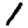
Digit: 1